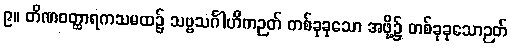
၉။ တိဏဝတ္ထာရကသမထ၌ သဗ္ဗသင်္ဂါဟိကဉတ် တစ်ခုခုသော အဖို့၌ တစ်ခုခုသောဉတ်